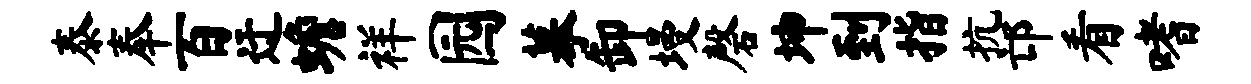
泰奉百迂蟾祥园摹卸墁磬坤到指抗邙看嗜